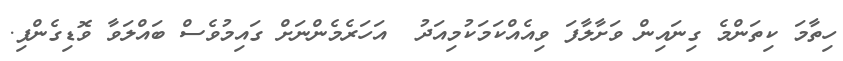
ހިތާމަ ކިތަންމެ ގިނައިން ވަށާލާފަ ވިއެއްކަމަކުމިއަދު  އަހަރެމެންނަށް ގައިމުވެސް ބައްލަވާ ވޮޑިގެންފި.